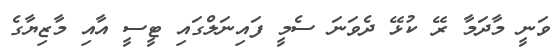
ވަނީ މާދަމާ ރޭ ކުޅޭ ދެވަނަ ސެމީ ފައިނަލްގައި ޓީސީ އާއި މާޒިޔާގެ